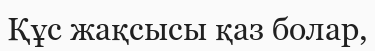
Құс жақсысы қаз болар,